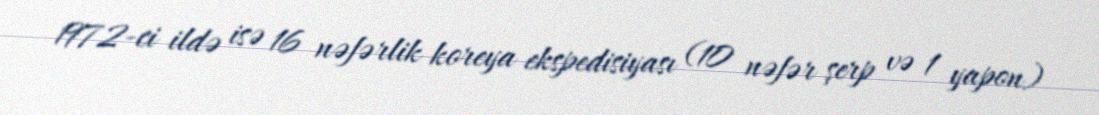
1972-ci ildə isə 16 nəfərlik koreya ekspedisiyası (10 nəfər şerp və 1 yapon)